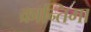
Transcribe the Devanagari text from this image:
क्रान्तिमा